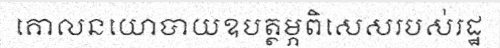
គោលនយោបាយឧបត្ថម្ភពិសេសរបស់រដ្ឋ